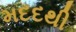
મદદથી